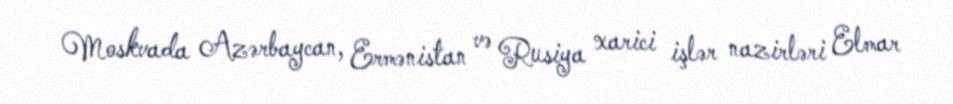
Moskvada Azərbaycan, Ermənistan və Rusiya xarici işlər nazirləri Elmar